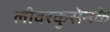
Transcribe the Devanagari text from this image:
लीवरकुसेनके